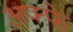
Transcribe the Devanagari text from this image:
अफ्फे